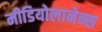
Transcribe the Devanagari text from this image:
मीडियोलानेन्स